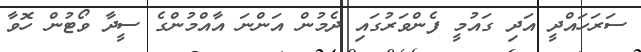
ސަރަހައްދީ އަދި ގައުމީ ފެންވަރުގައި ދެމުން އަންނަ އާއްމުންގެ ސީދާ ވޯޓުން ހޮވާ